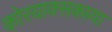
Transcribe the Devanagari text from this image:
कोरयाक्सकाया